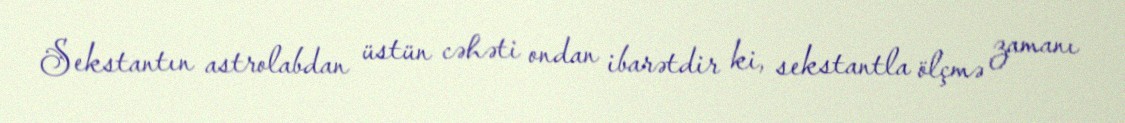
Sekstantın astrolabdan üstün cəhəti ondan ibarətdir ki, sekstantla ölçmə zamanı